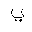
Letter: _ya